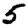
Digit: 5